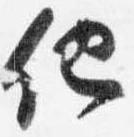
他